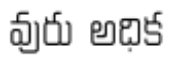
వురు అధిక